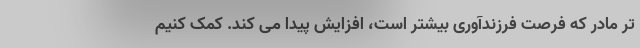
تر مادر که فرصت فرزندآوری بیشتر است، افزایش پیدا می کند. کمک کنیم